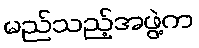
မည်သည့်အဖွဲ့က